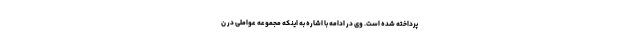
پرداخته شده است. وی در ادامه با اشاره به اینکه مجموعه عواملی در ن